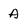
Character: A